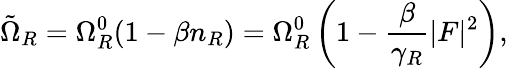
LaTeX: \tilde{\Omega}_{R}=\Omega_{R}^{0}(1-\beta n_{R})=\Omega_{R}^{0}\left(1-\frac{\beta}{\gamma_{R}}|F|^{2}\right),